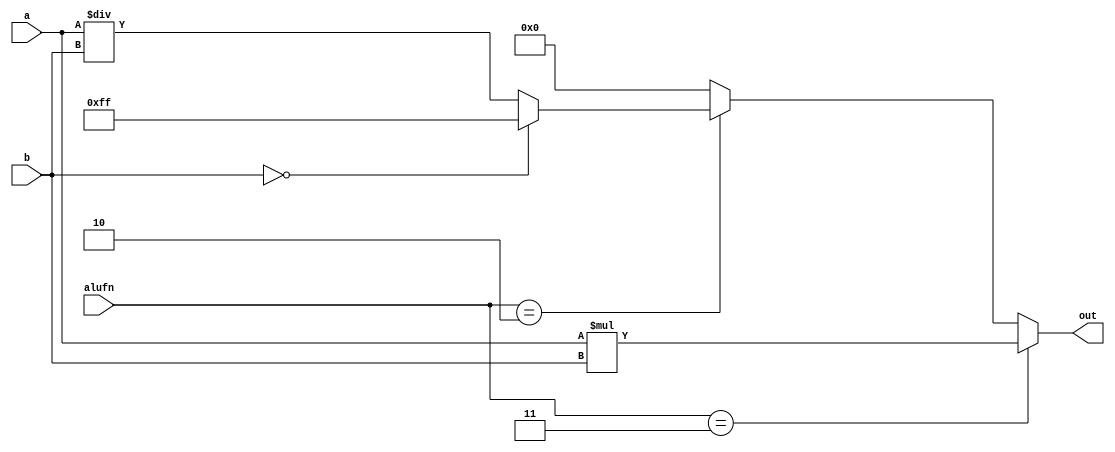
module multiply_8 (
    input [7:0] a,
    input [7:0] b,
    input [1:0] alufn,
    output reg [7:0] out
  );
  
  
  
  always @* begin
    out = 1'h0;
    if (alufn == 2'h3) begin
      out = a * b;
    end else begin
      if (alufn == 2'h2) begin
        if (b == 1'h0) begin
          out = 8'hff;
        end else begin
          out = a / b;
        end
      end
    end
  end
endmodule